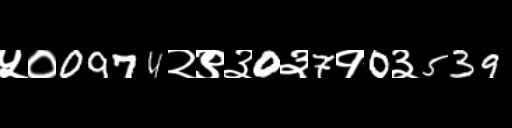
Text: ५०0974२९३0३7१0३539